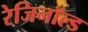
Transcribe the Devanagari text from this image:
रेजिनॉल्ड